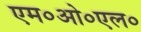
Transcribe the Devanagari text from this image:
एम०ओ०एल०